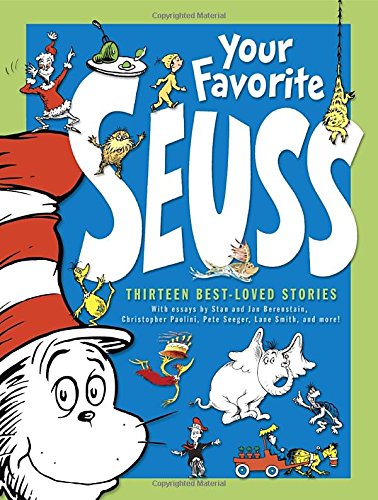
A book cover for Your Favorite Seuss (Classic Seuss); Children's Books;